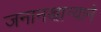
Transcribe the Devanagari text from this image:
जनानखान्याने